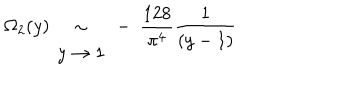
\Omega _ { 2 } ( y ) ~ \begin{array} { c } { { \sim } } \\ { { y \rightarrow 1 } } \\ \end{array} ~ - ~ \frac { 1 2 8 } { \pi ^ { 4 } } \frac { 1 } { ( y - 1 ) }